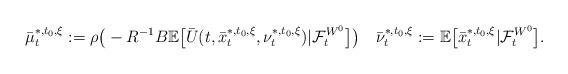
LaTeX: \begin{align*}\bar\mu_t^{*,t_0,\xi}:=\rho\big(-R^{-1}B\mathbb E\big[\bar U(t,\bar x_t^{*,t_0,\xi},\nu_t^{*,t_0,\xi})|\mathcal{F}_t^{W^0}\big]\big)\quad\bar\nu_t^{*,t_0,\xi}:=\mathbb E\big[\bar x_t^{*,t_0,\xi}|\mathcal{F}_t^{W^0}\big].\end{align*}